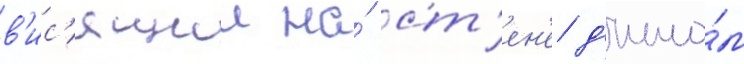
в'ис'ящии на́ ст'ен'е д'ипло́м